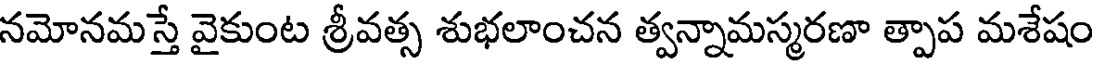
నమోనమస్తే వైకుంట శ్రీవత్స శుభలాంచన త్వన్నామస్మరణా త్పాప మశేషం